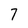
Character: 7